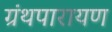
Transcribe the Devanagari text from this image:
ग्रंथपारायण